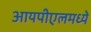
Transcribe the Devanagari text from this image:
आयपीएलमध्ये